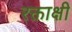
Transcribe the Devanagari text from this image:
रक्ताक्षी